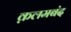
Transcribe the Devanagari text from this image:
क़लमबंद